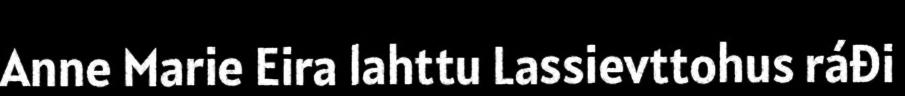
Anne Marie Eira lahttu Lassievttohus ráđi